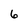
Character: 6